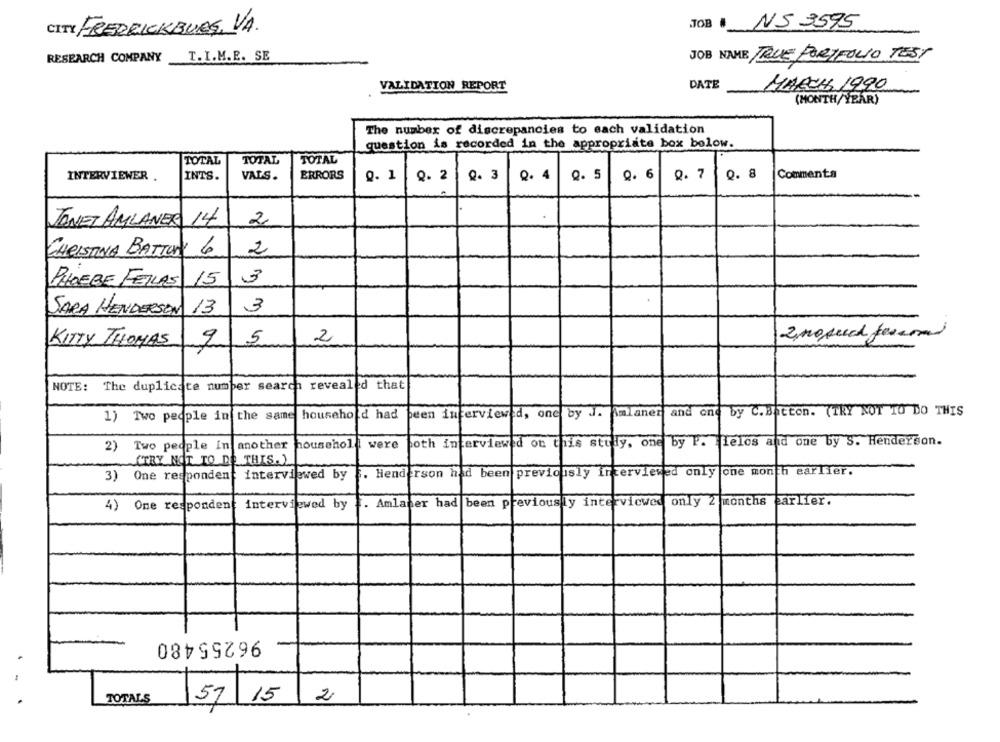
CITY FREDRICKBURG, VA
JOB# NS 3595
RESEARCH COMPANY
T.I.M.E. SE
JOB NAME TRUE PORTFOLIO TEST
VALIDATION REPORT
DATE
MARCH 1990
(MONTH/YEAR)
The number of discrepancies to each validation
question is recorded in the appropriate box below.
TOTAL
TOTAL
TOTAL
INTERVIEWER .
INTS.
VALS .
ERRORS
0. 1
Q. 2
0. 3
Q. 4
Q. 5
Q. 6
Q. 7
0. 8
Comments
JANET AMLANER 14
2
CHRISTINA BATTINI 6
2
3
PHOEBE FELLES 15
SARA HENDERSON 13
3
KITTY THOMAS
5
2
znoprod fescom
NOTE: The duplicate numper search revealed that
household had
been interviewed, one by J. Amlaner and one by C.Batton. (TRY NOT TO DO THIS
1) Two people in the same
2) Two people In another household
were
both interviewed on this stuly, one by P. Hielos and one by S. Henderson.
2)
(TRY NOT TO DO THIS.)
Henderson had been previously interviewed only one month earlier.
3) One respondent interviewed by
One respondent interviewed by
. Amlaner had been previously interviewed only 2 months earlier.
4) One respondent
96255480
2
TOTALS
57/15